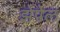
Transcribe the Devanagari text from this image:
झेपेल